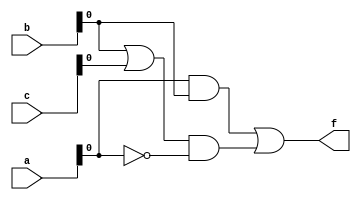
module comb_logic_block (
    input wire [3:0] a,     // 4-bit input variable
    input wire [3:0] b,     // 4-bit input variable
    input wire [3:0] c,     // 4-bit input variable
    output wire f           // Output
);

// Intermediate signals for minimized logic
wire a_and_b;              // Intermediate AND signal
wire b_or_c;               // Intermediate OR signal
wire not_a;                // NOT signal of a

// Logic Function Specification (Example):
// f = (a AND b) OR (b OR c) AND NOT(a)

assign not_a = ~a[0];      // NOT operation on the first bit of a
assign a_and_b = a[0] & b[0]; // AND operation on the first bits of a and b
assign b_or_c = b[0] | c[0];  // OR operation on the first bits of b and c

// Final Output Generation
assign f = a_and_b | (b_or_c & not_a); // Combine the logic functions

endmodule